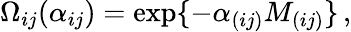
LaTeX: \Omega_{ij}(\alpha_{ij})=\exp\{ -\alpha_{(ij)}M_{(ij)}\} \, ,